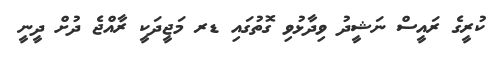
ކުރީގެ ރައީސް ނަޝީދު ވިދާޅުވި ގޮތުގައި ޑރ މަޖީދަކީ ރާއްޖެ ދުށް ދީނީ